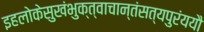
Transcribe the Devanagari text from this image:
इहलोकेसुखंभुक्त्वाचान्तंसत्यपुरंययौ